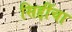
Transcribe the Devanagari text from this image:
सिद्दींचा